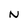
Character: N